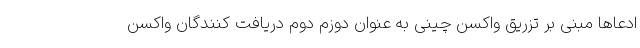
ادعاها مبنی بر تزریق واکسن چینی به عنوان دوزم دوم دریافت کنندگان واکسن